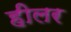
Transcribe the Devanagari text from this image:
हीलर